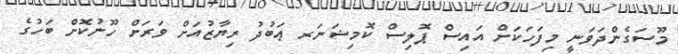
މޫސަގެންދަވަނީ މިފަހަކަށް އައިސް ޕޮލިސް ކޮމިޝަނަރ ޢަބުދު ރިޔާޒުއަށް ވަރަށް ހޫނުކޮށް ބަހުގެ